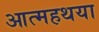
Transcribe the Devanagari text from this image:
आत्महथया